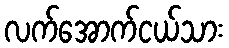
လက်အောက်ငယ်သား